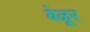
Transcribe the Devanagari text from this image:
बेळूर